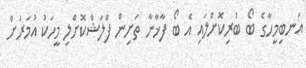
އަނބިމީހާގެ ބޯ ބުރިކޮށްލައި އެ ބޯ ފާޚާނާ ތަށިން ފްލަޝްކޮށްލި މީހަކު އުމަރަށް